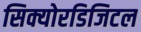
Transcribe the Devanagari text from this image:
सिक्योरडिजिटल